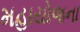
મહાયોજના